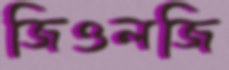
জিওলজি